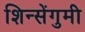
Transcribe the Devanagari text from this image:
शिन्सेंगुमी